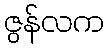
ဇွန်လက